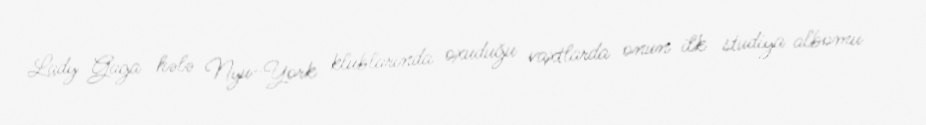
Lady Gaga hələ Nyu-York klublarında oxuduğu vaxtlarda onun ilk studiya albomu